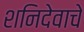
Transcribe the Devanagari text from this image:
शनिदेवाचे